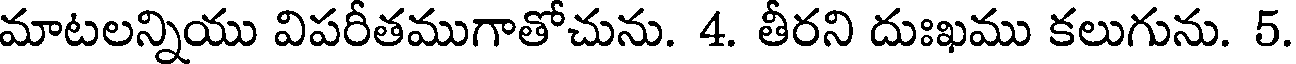
మాటలన్నియు విపరీతముగాతోచును. 4. తీరని దుఃఖము కలుగును. 5.